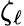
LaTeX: \zeta_{\ell}